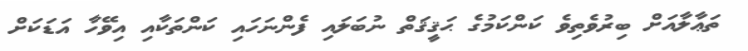
ތަޢާލާއަށް ބިރުވެތިވެ ކަންކަމުގެ ޙަޤީޤަތް ނުބަލައި ފެންނަހައި ކަންތަކާއި އިވޭހާ އަޑަކަށް